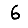
Digit: 6